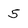
Character: 5